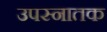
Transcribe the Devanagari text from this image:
उपस्नातक